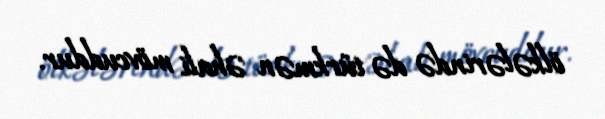
ölkələrində də türkmən əhali mövcuddur.